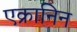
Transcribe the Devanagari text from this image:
एक्रानिन